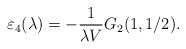
\begin{align*}\varepsilon_{4}(\lambda)=-\frac{1}{\lambda V}G_{2}(1,1/2).\end{align*}